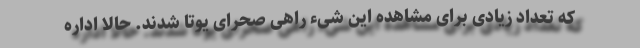
که تعداد زیادی برای مشاهده این شیء راهی صحرای یوتا شدند. حالا اداره